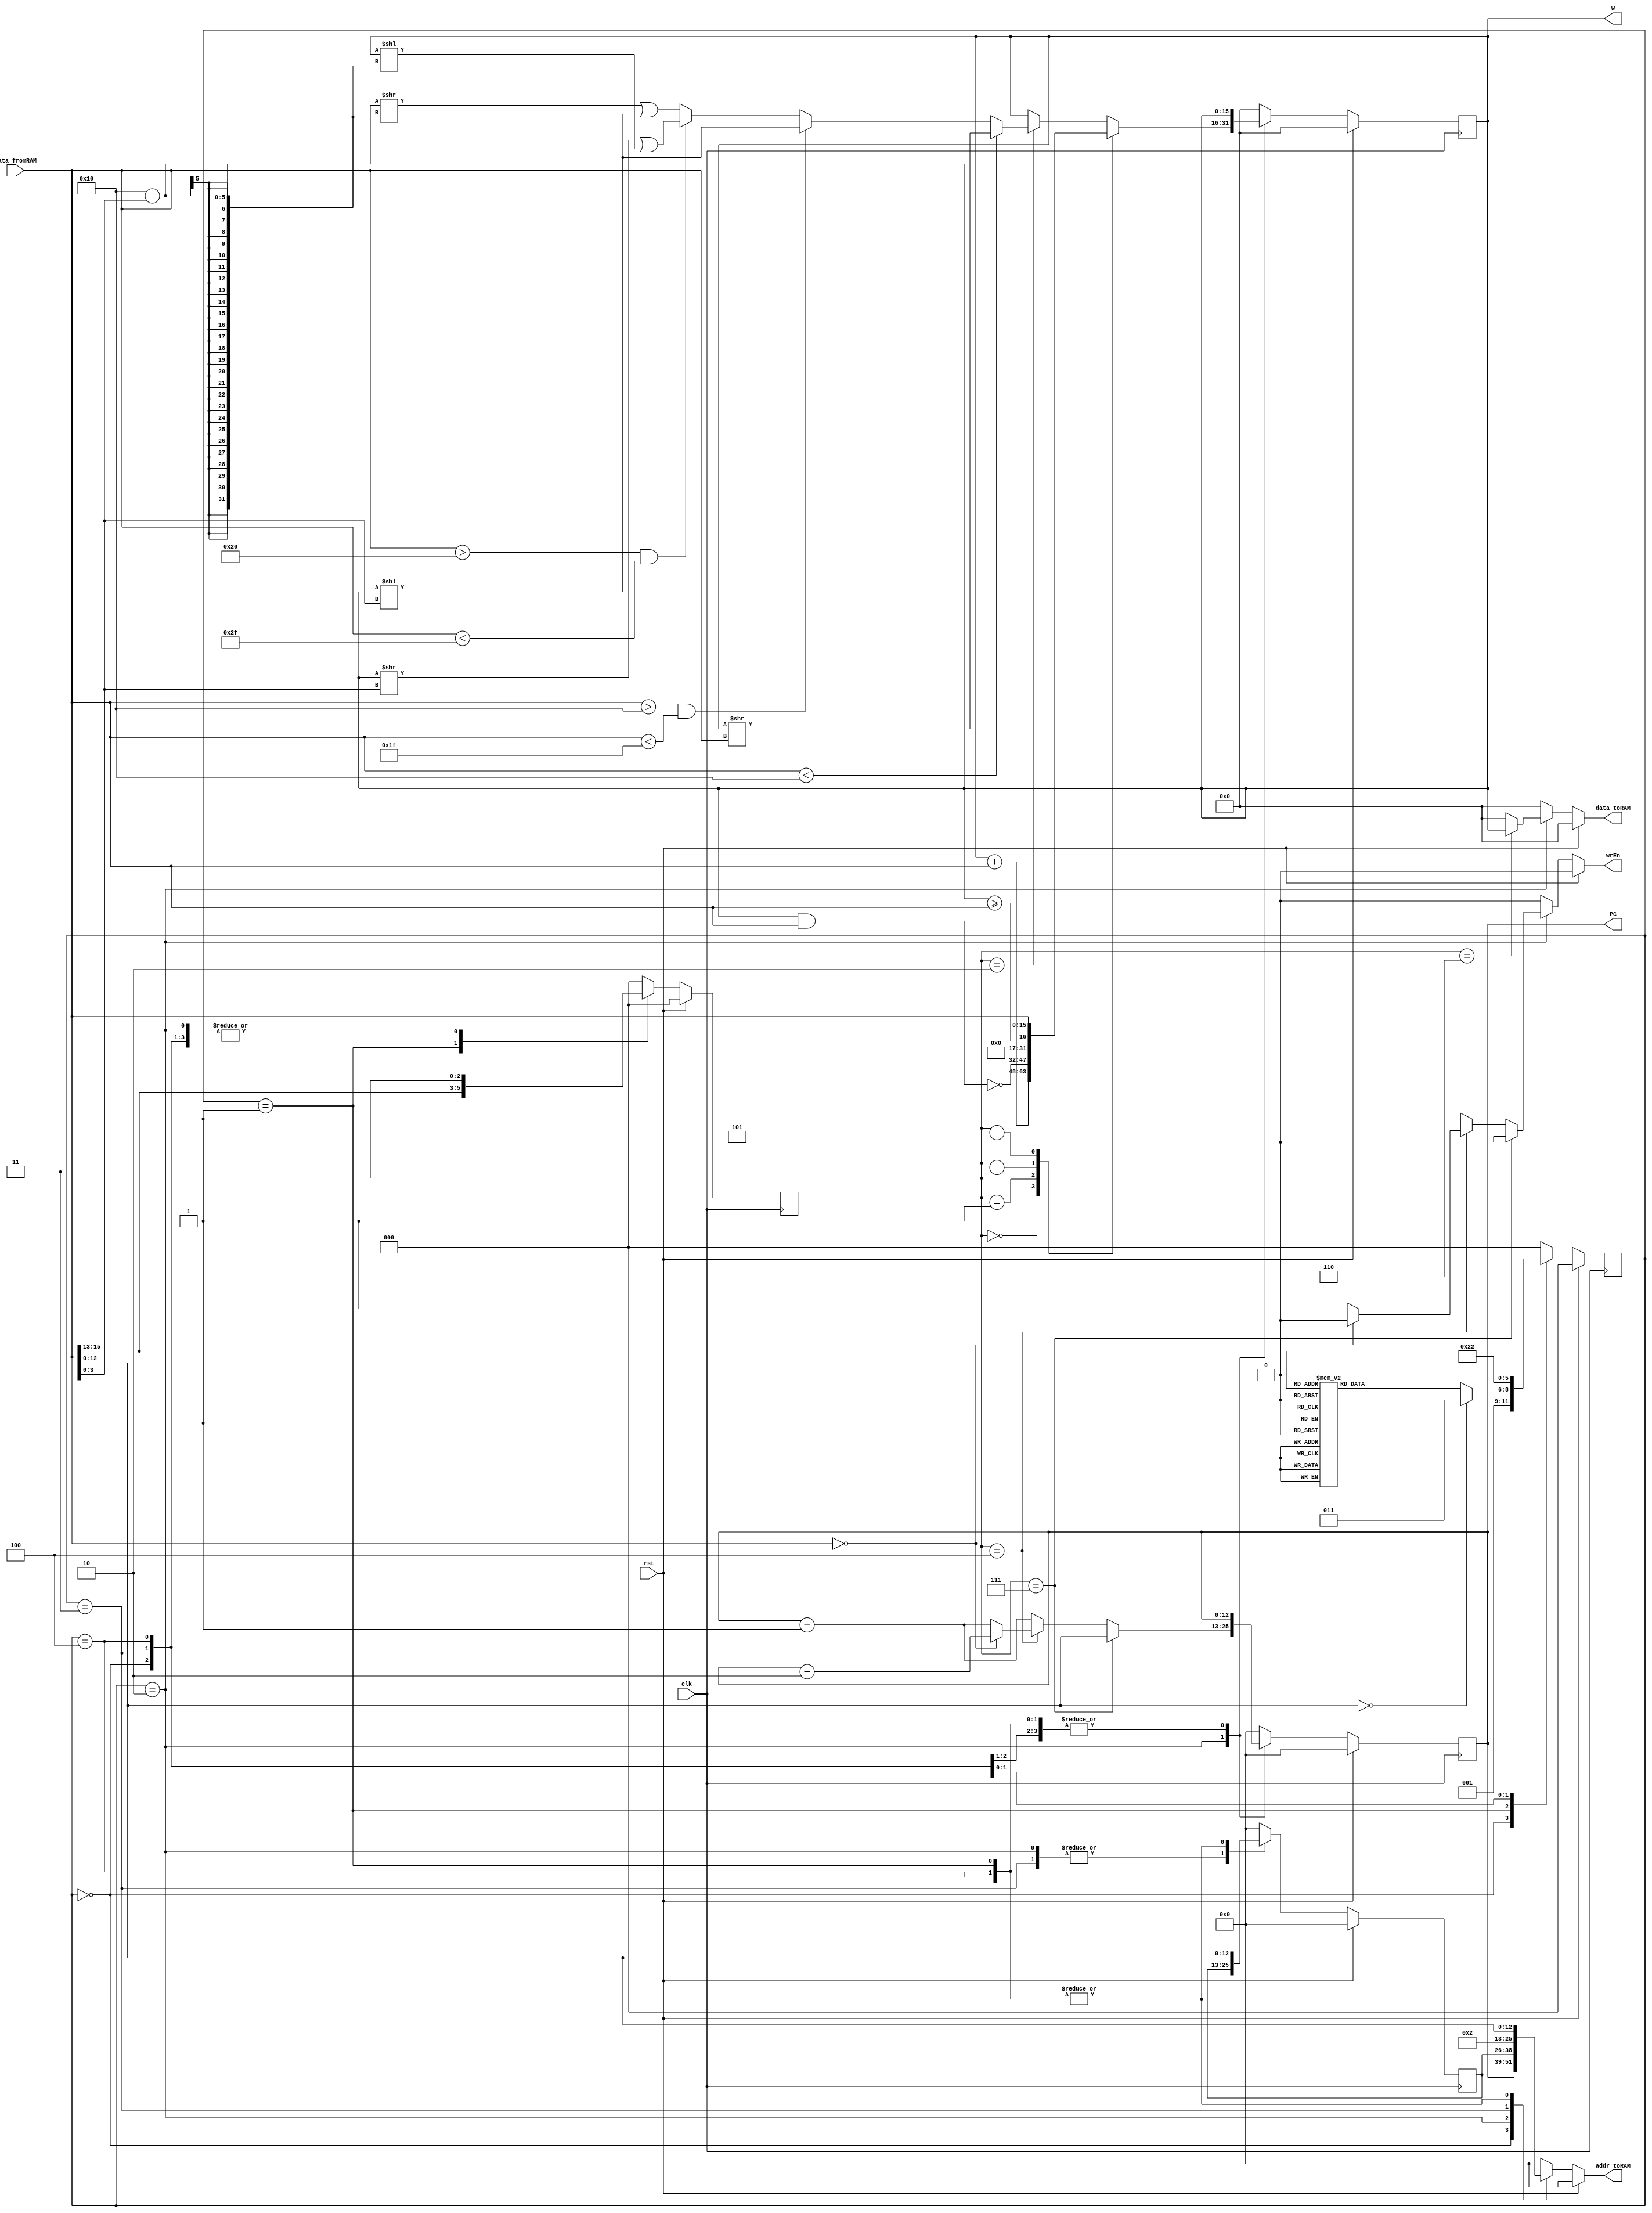
module projectCPU2021(
  clk,
  rst,
  wrEn,
  data_fromRAM,
  addr_toRAM,
  data_toRAM,
  PC,
  W
);

input clk, rst;

input wire [15:0] data_fromRAM;
output reg [15:0] data_toRAM;
output reg wrEn;

// 12 can be made smaller so that it fits in the FPGA
output reg [12:0] addr_toRAM;
output reg [12:0] PC; // This has been added as an output for TB purposes
output reg [15:0] W; // This has been added as an output for TB purposes

reg [12:0] operand, operandNext;
reg [ 2:0] opcode, opcodeNext;
reg [ 2:0] state, stateNext;
reg [12:0] PCNext;
reg [15:0] WNext;

always @(posedge clk) begin
	state   <= #1 stateNext;
	PC      <= #1 PCNext;
	opcode  <= #1 opcodeNext;
	operand <= #1 operandNext;
	W       <= #1 WNext;
end

always @* begin
	stateNext   = state;
	PCNext      = PC;
	opcodeNext  = opcode;
	operandNext = operand;
	WNext       = 0;
	addr_toRAM  = 0;
	wrEn        = 0;
	data_toRAM  = 0;
	if(rst) begin
		stateNext   = 0;
		PCNext      = 0;
		opcodeNext  = 0;
		operandNext = 0;
		WNext       = 0;
		addr_toRAM  = 0;
		wrEn        = 0;
		data_toRAM  = 0;
	end else begin
		case(state)
			0: begin
				PCNext      = PC;
				opcodeNext  = opcode;
				operandNext = 0;
				addr_toRAM  = PC;
				wrEn        = 0; 
				data_toRAM  = 0;
				WNext       = W;
				stateNext   = 1;
			end
			1: begin
				PCNext      = PC;
				opcodeNext  = data_fromRAM[15:13];
				operandNext = data_fromRAM[12: 0];
				addr_toRAM  = data_fromRAM[12: 0];
				wrEn        = 0;
				data_toRAM  = 0;
				WNext       = W;
				case(opcodeNext)
					3'b000: stateNext = 2; // ADD
					3'b001: stateNext = 2; // NAND
					3'b010: stateNext = 2; // SRRL
					3'b011: stateNext = 2; // GE
					3'b100: stateNext = 2; // SZ
					3'b101: stateNext = 2; // CP2W
					3'b110: stateNext = 2; // CPfW
					3'b111: stateNext = 2; // JMP
				endcase
				if(data_fromRAM[12:0] == 0)
					stateNext = 3;
			end
			2: begin
				PCNext      = PC + 1;
				opcodeNext  = opcode;
				operandNext = operand;
				addr_toRAM  = operand;
				wrEn        = 1;
				WNext       = W;
				if(opcode == 3'b010) begin
					if(data_fromRAM < 16)
						WNext = W >> data_fromRAM;
					else if(data_fromRAM > 16 && data_fromRAM < 31)
						WNext = W << data_fromRAM[3:0];
					else if(data_fromRAM > 32 && data_fromRAM < 47)
						WNext = (W >> data_fromRAM[3:0] | W << (16 - data_fromRAM[3:0]));
					else 
						WNext = (W >> (16-data_fromRAM[3:0]) | W << data_fromRAM[3:0]);
				end
				if(opcode == 3'b100) begin
					if(data_fromRAM == 0) begin
						PCNext = PC + 2;
						wrEn   = 0;
					end
				end
				if(opcode == 3'b110) begin
					data_toRAM = W;
					addr_toRAM = operand;
				end
				if(opcode == 3'b111) begin
					PCNext = data_fromRAM;
					wrEn   = 0;
				end
				case(opcode)
					3'b000: WNext = W + data_fromRAM;
					3'b001: WNext = ~(W & data_fromRAM);
					3'b011: WNext = W >= data_fromRAM;
					3'b101: WNext = data_fromRAM;
				endcase
				stateNext = 0;
			end
			3: begin
				PCNext      = PC;
				opcodeNext  = opcode;
				operandNext = operand;
				addr_toRAM  = 2;
				WNext       = W;
				wrEn        = 0;
				stateNext   = 4;
			end
			4: begin
				PCNext      = PC;
				opcodeNext  = opcode;
				operandNext = data_fromRAM;
				addr_toRAM  = data_fromRAM;
				WNext       = W;
				wrEn        = 0;
				stateNext   = 2;
			end
			default: begin
				PCNext      = 0;
				opcodeNext  = 0;
				operandNext = 0;
				WNext       = 0;
				addr_toRAM  = 0;
				wrEn        = 0;
				data_toRAM  = 0;
				stateNext   = 0;
			end
		endcase
	end	
end

endmodule